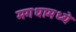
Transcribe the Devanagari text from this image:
मगधामध्ये